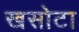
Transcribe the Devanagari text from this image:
खसोटा